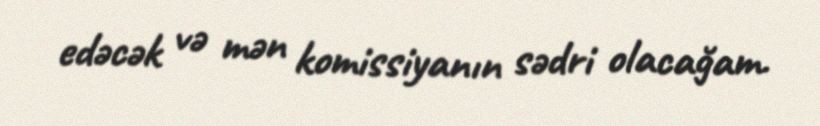
edəcək və mən komissiyanın sədri olacağam.